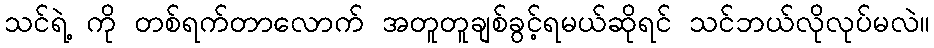
သင်ရဲ့ ကို တစ်ရက်တာလောက် အတူတူချစ်ခွင့်ရမယ်ဆိုရင် သင်ဘယ်လိုလုပ်မလဲ။